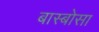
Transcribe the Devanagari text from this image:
बास्बोसा